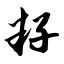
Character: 籽